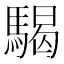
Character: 騔